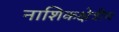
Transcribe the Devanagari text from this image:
नाशिकक्षेत्रीच